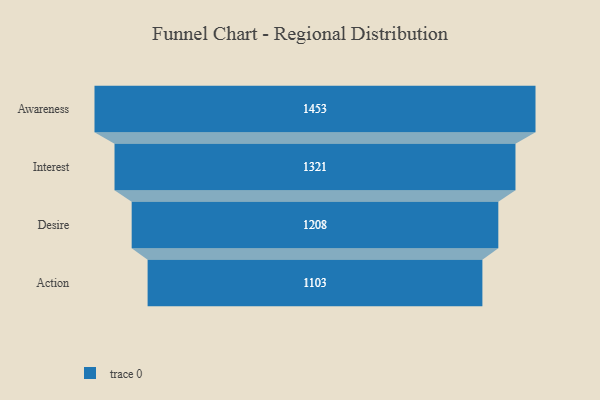
{"axis": {"x": "Stage", "y": "Value"}, "legend": [""], "data": [{"x": "Awareness", "y": 1453.0, "type": ""}, {"x": "Interest", "y": 1321.0, "type": ""}, {"x": "Desire", "y": 1208.0, "type": ""}, {"x": "Action", "y": 1103.0, "type": ""}]}